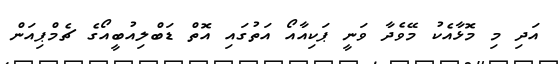
އަދި މި މޮޅާއެކު މޭވެދާ ވަނީ ޕަކިއާއޯ އަތުގައި އޮތް ޑަބްލިއުބީއޯގެ ޗެމްޕިއަން